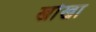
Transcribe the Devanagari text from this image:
खोंखा